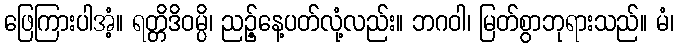
ဖြေကြားပါအံ့။ ရတ္တိဒိဝမ္ပိ၊ ညဉ့်နေ့ပတ်လုံ့လည်း။ ဘဂဝါ၊ မြတ်စွာဘုရားသည်။ မံ၊